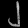
Digit: ၂